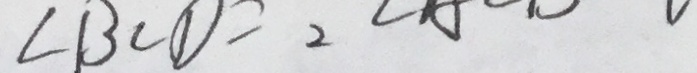
\angle B C D = 2